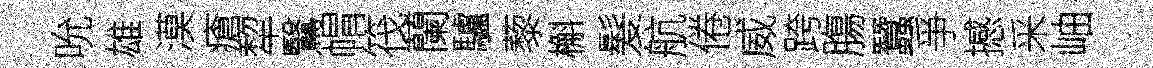
吮雄漠瘡犂鷖㡌筏蘭驢藜槲髮航倦威跨膓蠶爭撼采岫